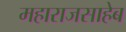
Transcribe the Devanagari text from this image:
महाराजसाहेब